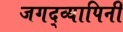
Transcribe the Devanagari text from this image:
जगद्व्यापिनीं